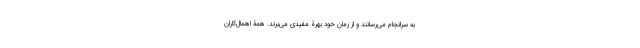
به سرانجام می‌رسانند و از زمان خود بهرۀ مفیدی می‌برند. همۀ اهمال‌کاران